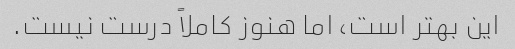
این بهتر است، اما هنوز کاملاً درست نیست.